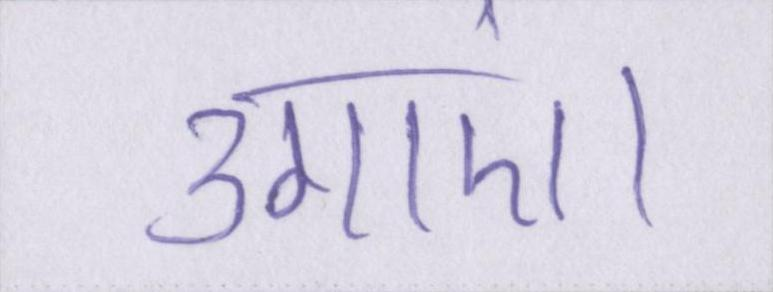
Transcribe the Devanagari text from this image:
उगाएं।